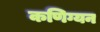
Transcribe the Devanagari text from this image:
कणिग्यन